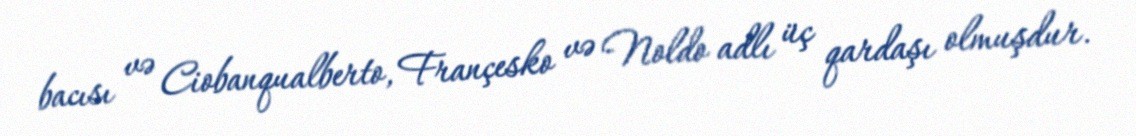
bacısı və Ciobanqualberto, Françesko və Noldo adlı üç qardaşı olmuşdur.